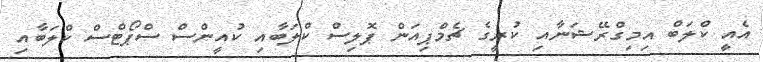
އެއީ ކްލަބް އިމިގްރޭޝަނާއި ކުރީގެ ޗެމްޕިއަން ޕޮލިސް ކްލަބާއި ކުއީންސް ސްޕޯޓްސް ކްލަބާއި